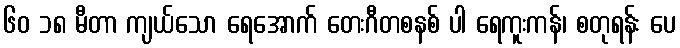
၆၀ ၁၈ မီတာ ကျယ်သော ရေအောက် တေးဂီတစနစ် ပါ ရေကူးကန်၊ စတုရန်း ပေ